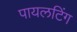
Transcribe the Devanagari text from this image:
पायलटिंग